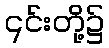
၎င်းတို့၌